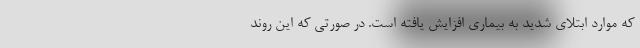
که موارد ابتلای شدید به بیماری افزایش یافته است. در صورتی که این روند